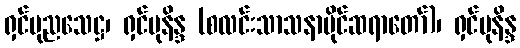
ရှင်ပုညသေဋ္ဌ၊ ရှင်မုနိန္ဒ (စလင်းသာသနာပိုင်ဆရာတော်)၊ ရှင်မုနိန္ဒ